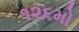
૧૨૬મો